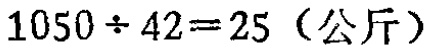
\(1050\div 42 = 25\)（公斤）